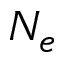
N _ { e }